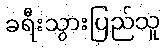
ခရီးသွားပြည်သူ